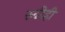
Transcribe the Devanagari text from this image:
रुढीही